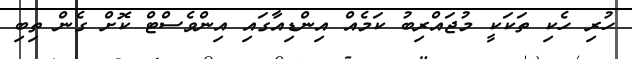
ހުރި ހެކި ތަކަކީ މުޖައްރިބު ކަމެއް އިންޑިއާގައި އިންވެސްޓް ކޮށް ގެން ތިބި